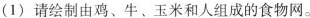
(1)请绘制由鸡、牛、玉米和人组成的食物网。